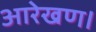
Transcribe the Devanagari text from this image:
आरेखण।